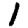
Digit: 1